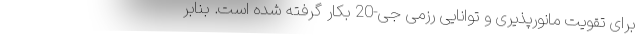
برای تقویت مانورپذیری و توانایی رزمی جی-20 بکار گرفته شده است. بنابر